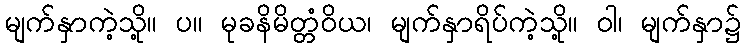
မျက်နှာကဲ့သို့။ ပ။ မုခနိမိတ္တံဝိယ၊ မျက်နှာရိပ်ကဲ့သို့။ ဝါ၊ မျက်နှာ၌